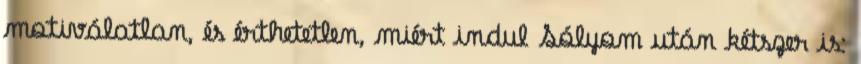
motiválatlan, és érthetetlen, miért indul Sólyom után kétszer is: